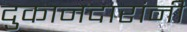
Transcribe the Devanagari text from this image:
दुकानदारांनी